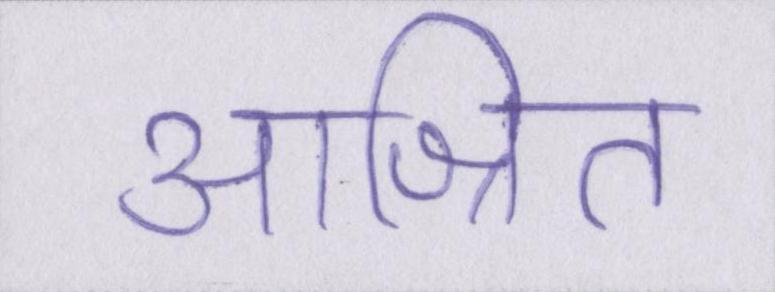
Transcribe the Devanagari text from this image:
आश्रित